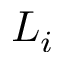
L _ { i }